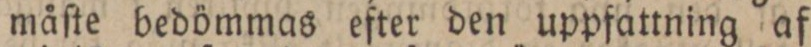
måſte bedömmas efter den uppfattning af